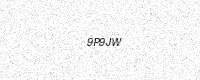
Text: 9P9JW